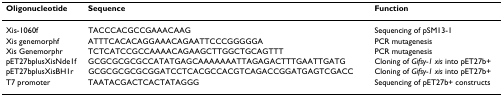
<table><thead><tr><td><b>Oligonucleotide</b></td><td><b>Sequence</b></td><td><b>Function</b></td></tr></thead><tbody><tr><td>Xis-1060f</td><td>TACCCACGCCGAAACAAG</td><td>Sequencing of pSM13-1</td></tr><tr><td>Xis genemorphf</td><td>ATTTCACACAGGAAACAGAATTCCCGGGGGA</td><td>PCR mutagenesis</td></tr><tr><td>Xis Genemorphr</td><td>TCTCATCCGCCAAAACAGAAGCTTGGCTGCAGTTT</td><td>PCR mutagenesis</td></tr><tr><td>pET27bplusXisNde1f</td><td>GCGCGCGCGCCATATGAGCAAAAAAATTAGAGACTTTGAATTGATG</td><td>Cloning of <i>Gifsy-1 xis </i>into pET27b+</td></tr><tr><td>pET27bplusXisBH1r</td><td>GCGCGCGCGCGGATCCTCACGCCACGTCAGACCGGATGAGTCGACC</td><td>Cloning of <i>Gifsy-1 xis </i>into pET27b+</td></tr><tr><td>T7 promoter</td><td>TAATACGACTCACTATAGGG</td><td>Sequencing of pET27b+ constructs</td></tr></tbody></table>